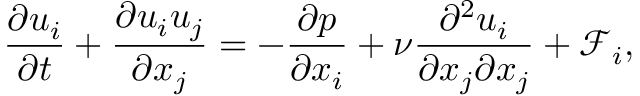
\frac { \partial u _ { i } } { \partial t } + \frac { \partial u _ { i } u _ { j } } { \partial x _ { j } } = - \frac { \partial p } { \partial x _ { i } } + \nu \frac { \partial ^ { 2 } u _ { i } } { \partial x _ { j } \partial x _ { j } } + \mathcal { F } _ { i } ,